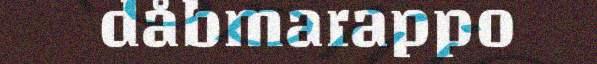
dåbmarappo